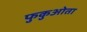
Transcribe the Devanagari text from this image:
फुकुओता